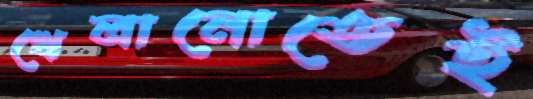
খেলানোতেই